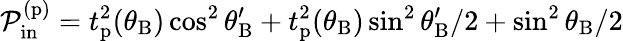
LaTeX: \mathcal{P}_{\mathrm{in}}^{(\mathrm{p})}=t_{\mathrm{p}}^{2}(\theta_{\mathrm{B}})\cos^{2}\theta_{\mathrm{B}}^{\prime}+t_{\mathrm{p}}^{2}(\theta_{\mathrm{B}})\sin^{2}\theta_{\mathrm{B}}^{\prime}/2+\sin^{2}\theta_{\mathrm{B}}/2